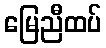
မြေညီထပ်